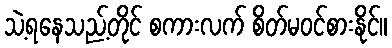
သဲ့ရနေသည့်တိုင် စကားလက် စိတ်မဝင်စားနိုင်။